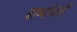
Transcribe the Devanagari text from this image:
बाष्पांजली